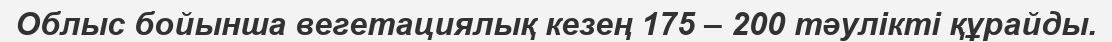
Облыс бойынша вегетациялық кезең 175 – 200 тәулікті құрайды.